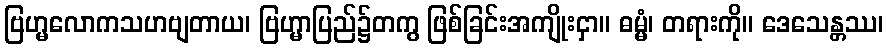
ဗြဟ္မလောကသဟဗျတာယ၊ ဗြဟ္မာပြည်၌တကွ ဖြစ်ခြင်းအကျိုးငှာ။ ဓမ္မံ၊ တရားကို။ ဒေသေန္တဿ၊